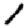
Digit: 1